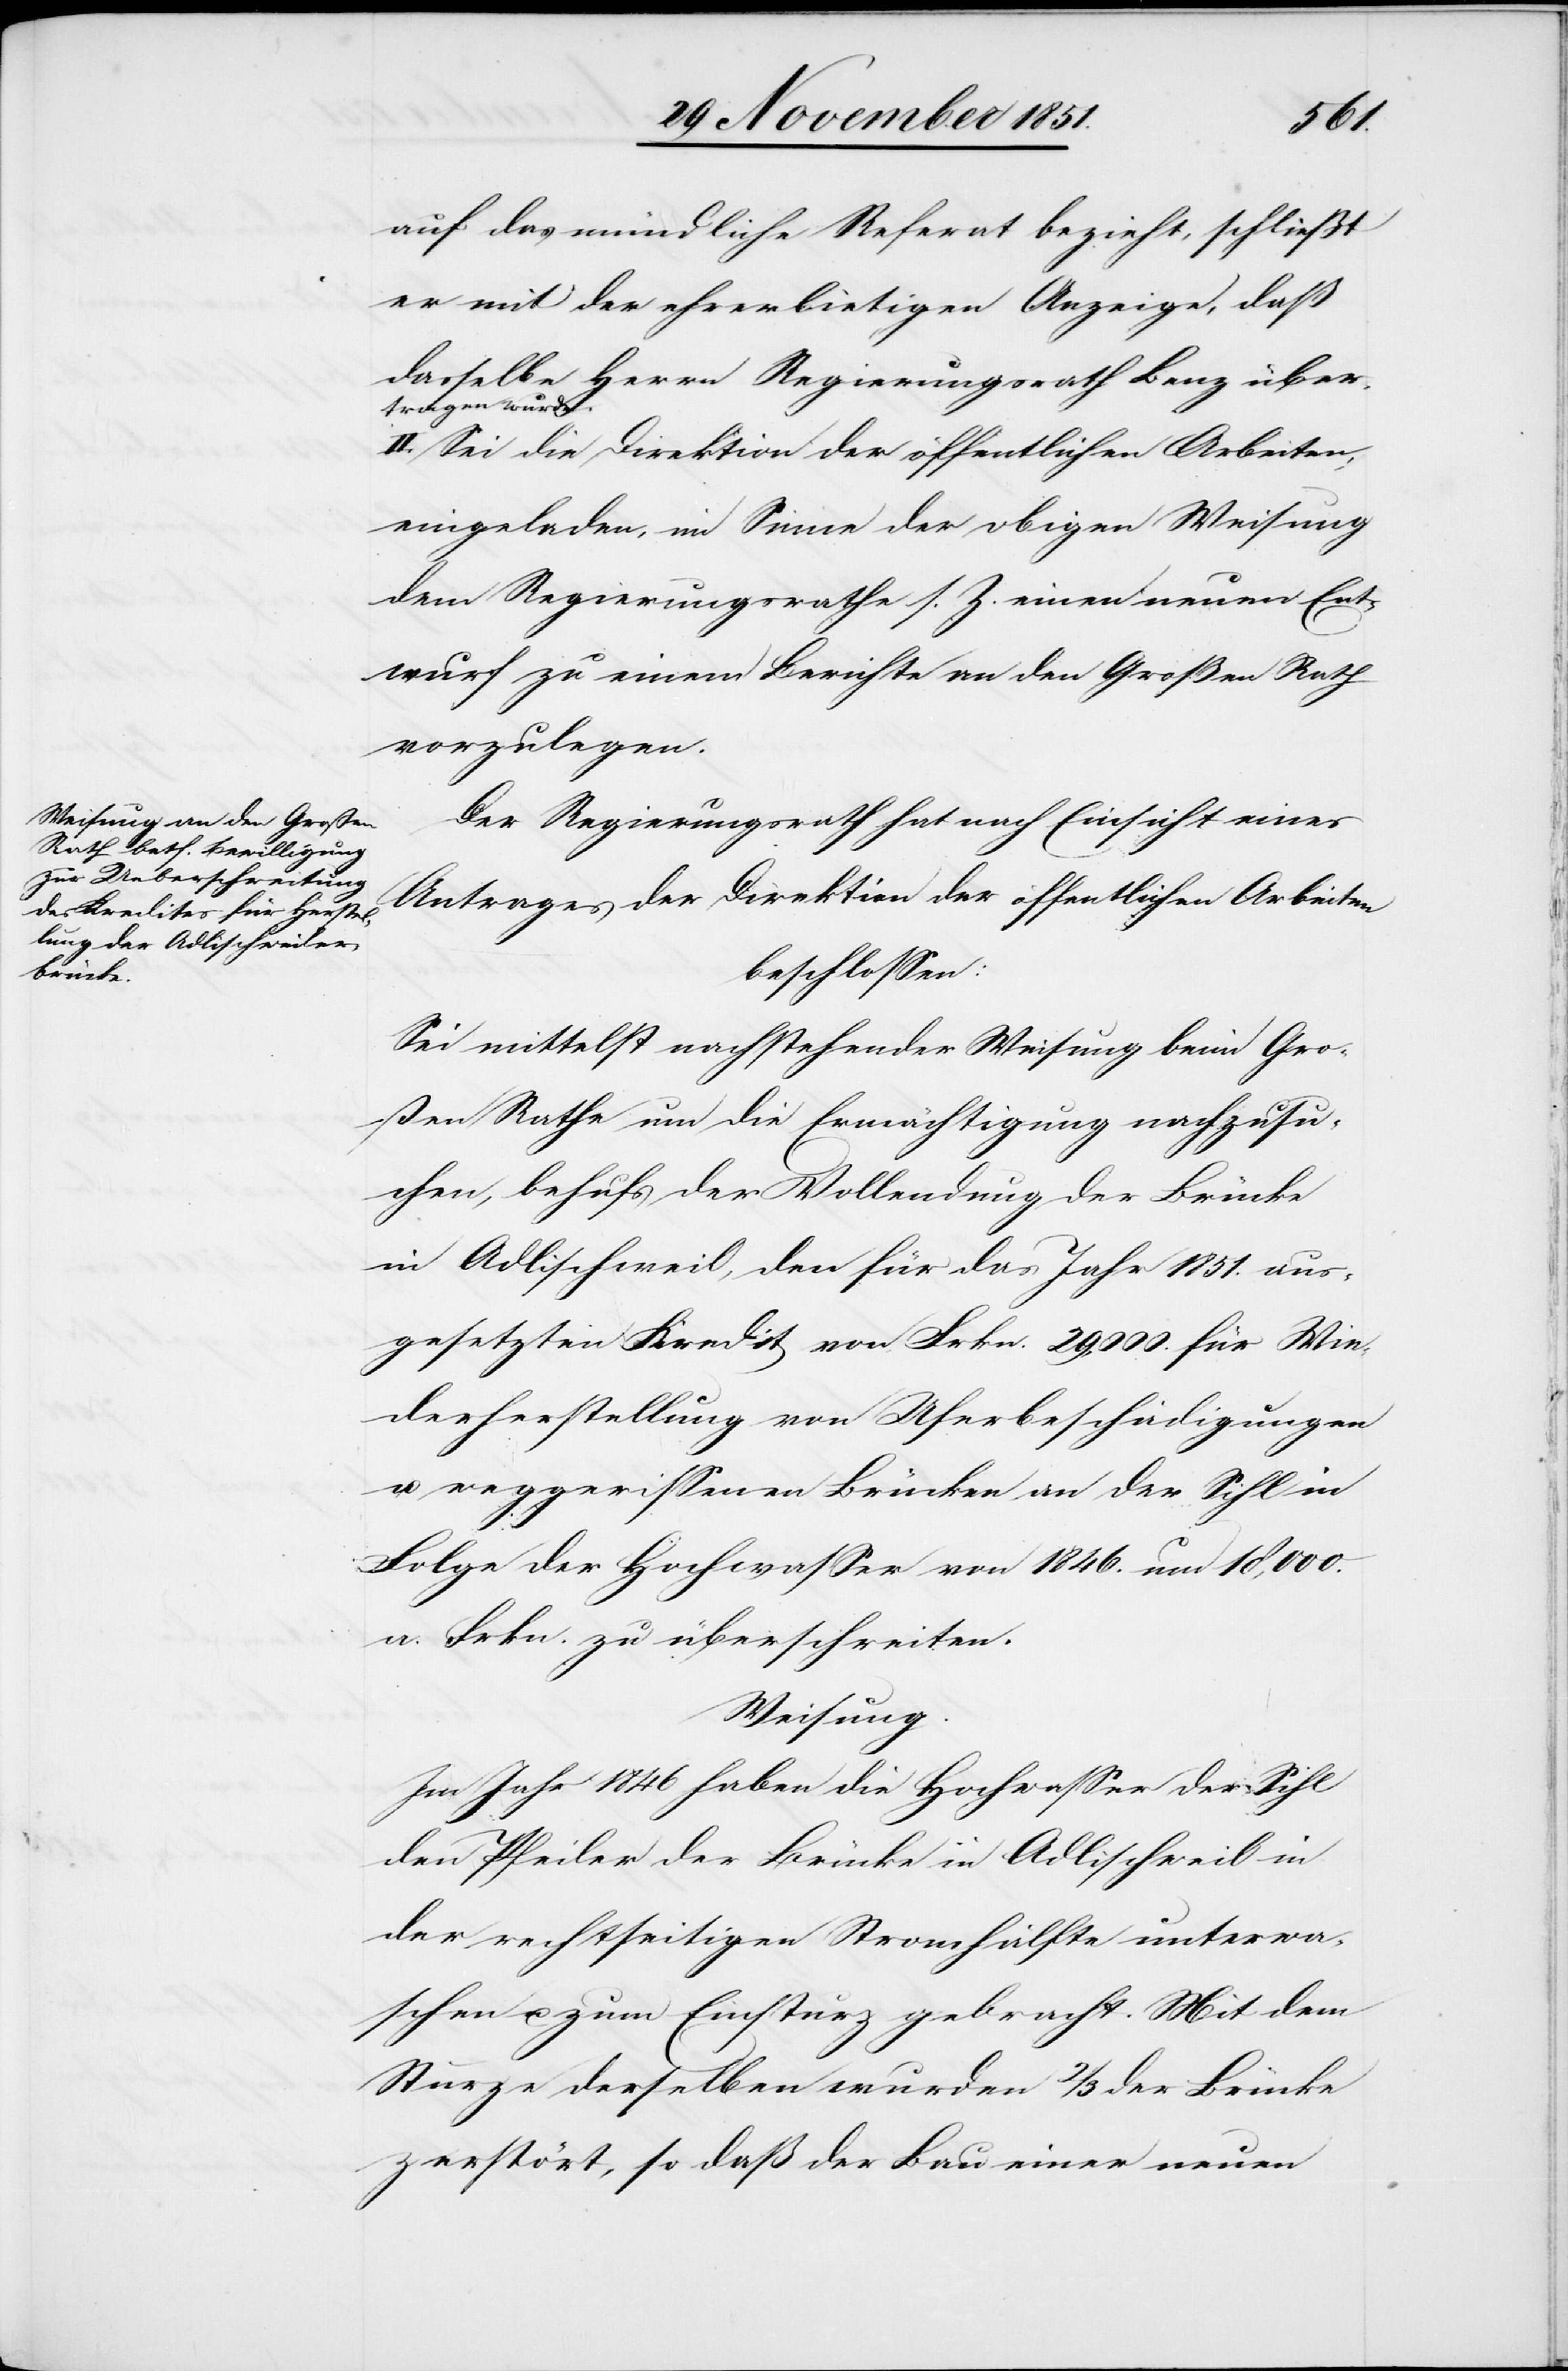
auf das mündliche Referat bezieht, schließt
er mit der ehrerbietigen Anzeige, daß
dasselbe Herrn Regierungsrath Benz über¬
tragen wurde.
II. Sei die Direktion der öffentlichen Arbeiten
eingeladen, im Sinne der obigen Weisung
dem Regierungsrathe s. Z. einen neuen Ent¬
wurf zu einem Berichte an den Großen Rath
vorzulegen.
Der Regierungsrath hat nach Einsicht eines
Antrages der Direktion der öffentlichen Arbeiten
beschlossen:
Sei mittelst nachstehender Weisung beim Gro¬
ßen Rathe um die Ermächtigung nachzusu¬
chen, behufs der Vollendung der Brücke
in Adlischweil, den für das Jahr 1851. aus¬
gesetzten Kredit von Frkn. 29,000. für Wie¬
derherstellung von Uferbeschädigungen
u. weggerissenen Brücken an der Sihl in
Folge der Hochwasser von 1846. um 18,000.
a. Frkn. zu überschreiten.
Weisung.
Im Jahr 1846 haben die Hochwasser der Sihl
den Pfeiler der Brücke in Adlischweil in
der rechtseitigen Stromhälfte unterwa¬
schen u. zum Einsturz gebracht. Mit dem
Sturze derselben wurden 2/3 der Brücke
zerstört, so daß der Bau einer neuen